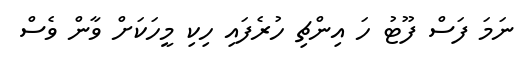
ނަމަ ފަސް ފޫޓު ހަ އިންޗި ހުރެފައި ހިކި މީހަކަށް ވާން ވެސް